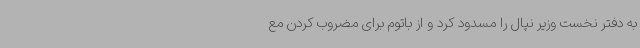
به دفتر نخست وزیر نپال را مسدود کرد و از باتوم برای مضروب کردن مع